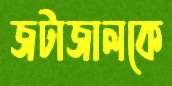
জটাজালকে